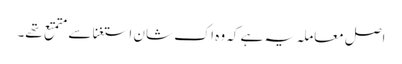
اصل معاملہ یہ ہے کہ وہ اک شان استغنا سے متمتع تھے۔